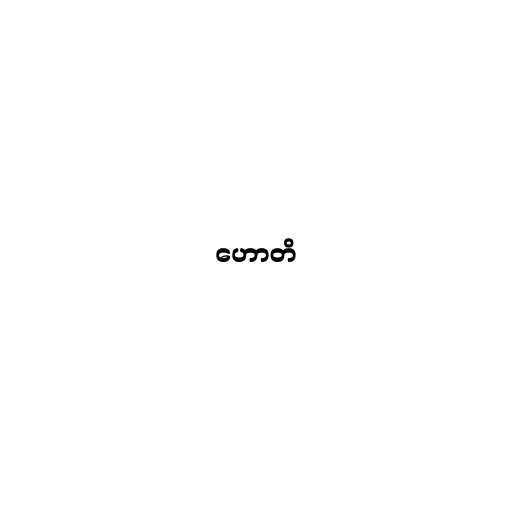
ဟောတိ